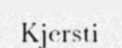
Kjersti